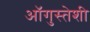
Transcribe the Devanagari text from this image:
ऑगुस्तेशी